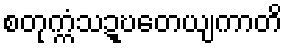
စတုက္ကံသဍ္ဎတေယျကာတိ